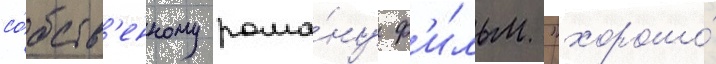
со́бств'енному рома́ну ф'и́льм "хорошо́